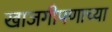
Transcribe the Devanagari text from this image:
खाजगीपणाच्या